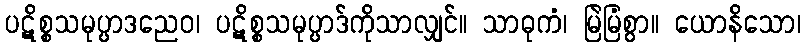
ပဋိစ္စသမုပ္ပာဒညေဝ၊ ပဋိစ္စသမုပ္ပာဒ်ကိုသာလျှင်။ သာဓုကံ၊ မြဲမြံစွာ။ ယောနိသော၊